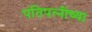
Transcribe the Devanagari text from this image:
पतिपत्‍नींच्या